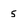
Character: 5